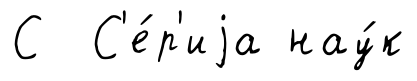
С С'е́р'иjа нау́к